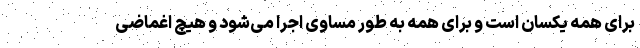
برای همه یکسان است و برای همه به طور مساوی اجرا می‌شود و هیچ اغماضی